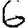
Digit: 6